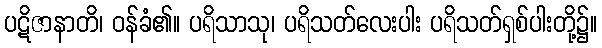
ပဋိဇာနာတိ၊ ဝန်ခံ၏။ ပရိသာသု၊ ပရိသတ်လေးပါး ပရိသတ်ရှစ်ပါးတို့၌။